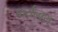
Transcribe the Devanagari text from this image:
फर्यन्क्स